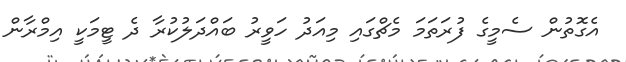
އެގޮތުން ސެމީގެ ފުރަތަމަ މެޗްގައި މިއަދު ހަވީރު ބައްދަލުކުރާ ދެ ޓީމަކީ އިމްރާން